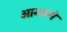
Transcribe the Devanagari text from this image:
आगवणे